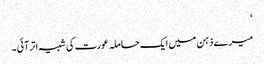
‘
میرے ذہن میں ایک حاملہ عورت کی شبیہ اتر آئی۔